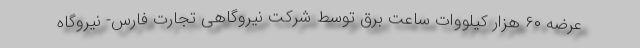
عرضه ۶۰ هزار کیلووات ساعت برق توسط شرکت نیروگاهی تجارت فارس- نیروگاه